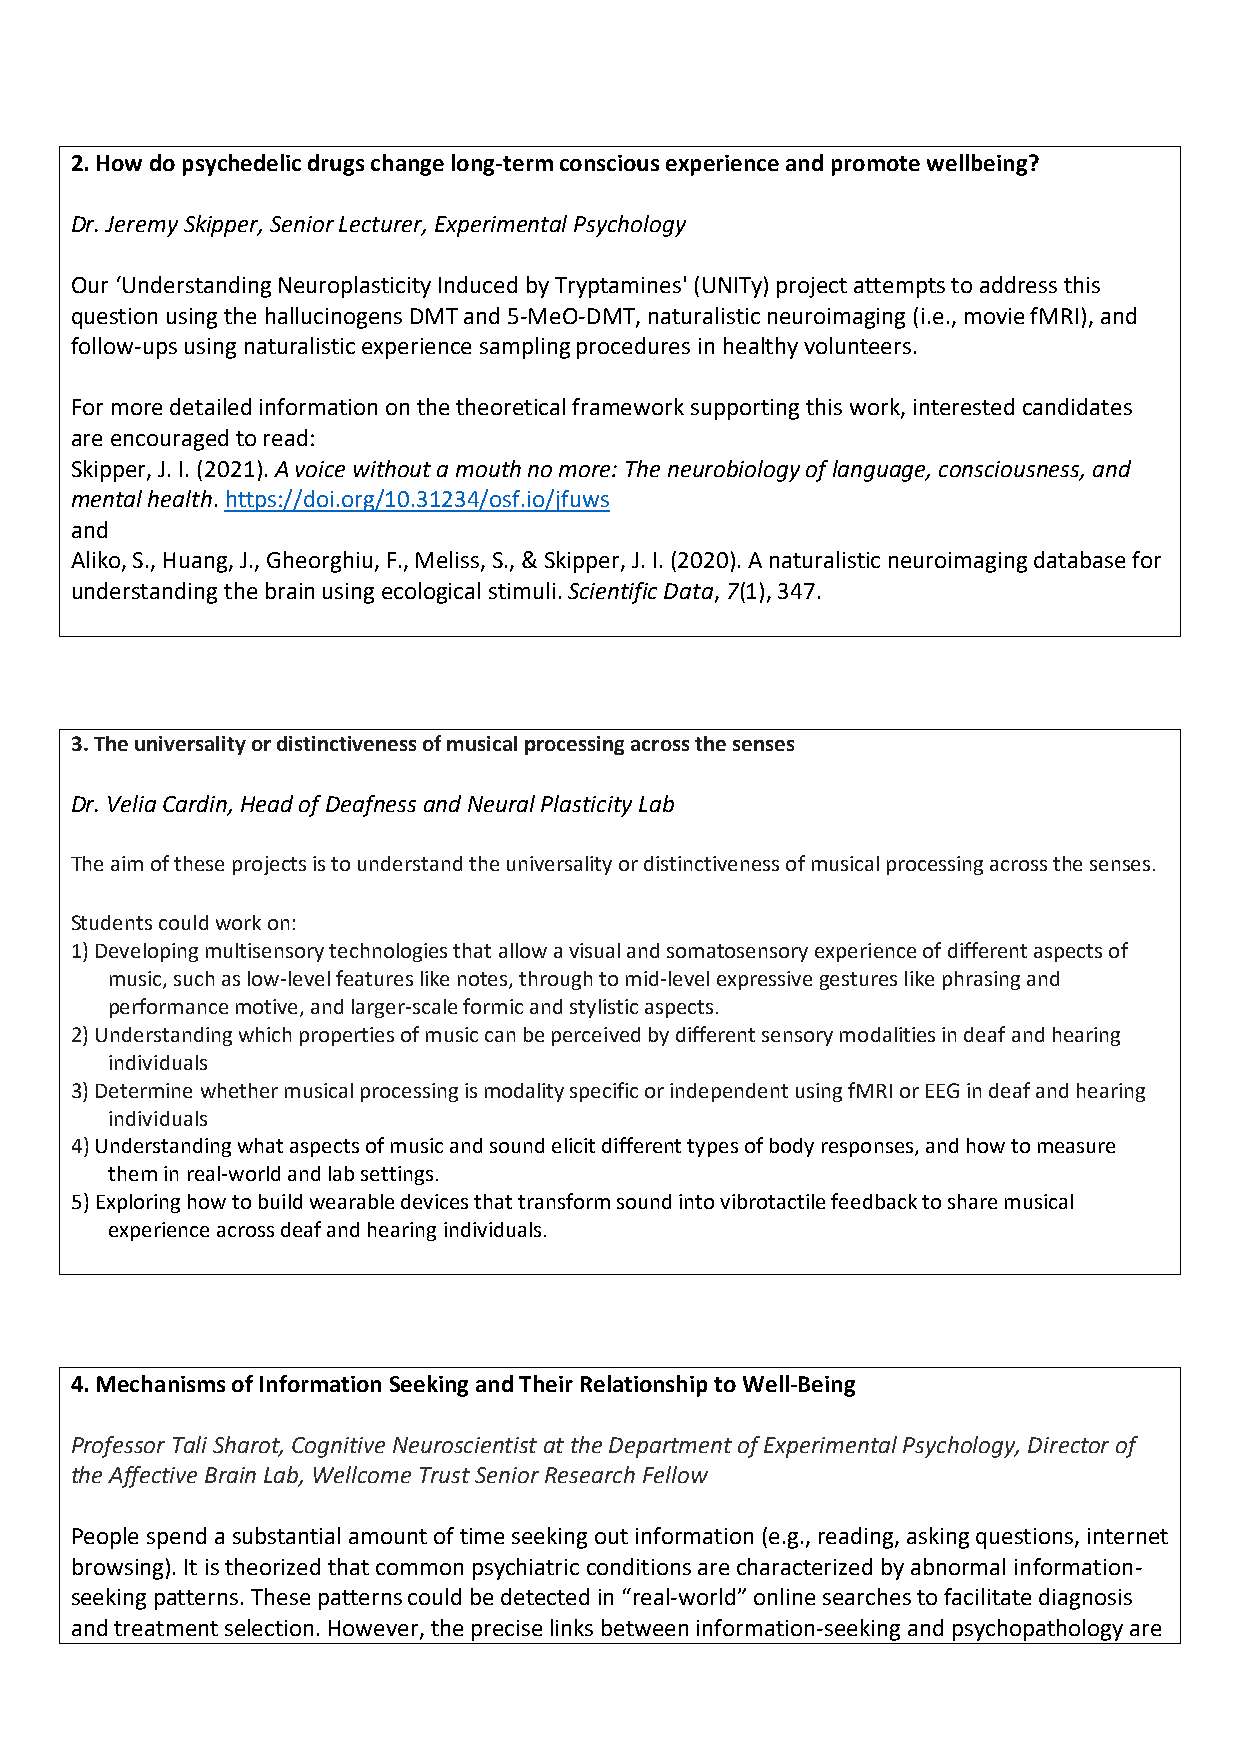
2. How do psychedelic drugs change long-term conscious experience and promote wellbeing?
 Dr. Jeremy Skipper, Senior Lecturer, Experimental Psychology
 Our ‘Understanding Neuroplasticity Induced by Tryptamines' (UNITy) project attempts to address this
 question using the hallucinogens DMT and 5-MeO-DMT, naturalistic neuroimaging (i.e., movie fMRI), and
 follow-ups using naturalistic experience sampling procedures in healthy volunteers.
 For more detailed information on the theoretical framework supporting this work, interested candidates
 are encouraged to read:
 Skipper, J. I. (2021). A voice without a mouth no more: The neurobiology of language, consciousness, and
 mental health. https://doi.org/10.31234/osf.io/jfuws
 and
 Aliko, S., Huang, J., Gheorghiu, F., Meliss, S., & Skipper, J. I. (2020). A naturalistic neuroimaging database for
 understanding the brain using ecological stimuli. Scientific Data, 7(1), 347.
 3. The universality or distinctiveness of musical processing across the senses
 Dr. Velia Cardin, Head of Deafness and Neural Plasticity Lab
 The aim of these projects is to understand the universality or distinctiveness of musical processing across the senses.
 Students could work on:
 1) Developing multisensory technologies that allow a visual and somatosensory experience of different aspects of
 music, such as low-level features like notes, through to mid-level expressive gestures like phrasing and
 performance motive, and larger-scale formic and stylistic aspects.
 2) Understanding which properties of music can be perceived by different sensory modalities in deaf and hearing
 individuals
 3) Determine whether musical processing is modality specific or independent using fMRI or EEG in deaf and hearing
 individuals
 4) Understanding what aspects of music and sound elicit different types of body responses, and how to measure
 them in real-world and lab settings.
 5) Exploring how to build wearable devices that transform sound into vibrotactile feedback to share musical
 experience across deaf and hearing individuals.
 4. Mechanisms of Information Seeking and Their Relationship to Well-Being
 Professor Tali Sharot, Cognitive Neuroscientist at the Department of Experimental Psychology, Director of
 the Affective Brain Lab, Wellcome Trust Senior Research Fellow
 People spend a substantial amount of time seeking out information (e.g., reading, asking questions, internet
 browsing). It is theorized that common psychiatric conditions are characterized by abnormal information-
 seeking patterns. These patterns could be detected in “real-world” online searches to facilitate diagnosis
 and treatment selection. However, the precise links between information-seeking and psychopathology are